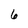
Character: 6